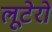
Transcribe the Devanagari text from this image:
लूटेरो